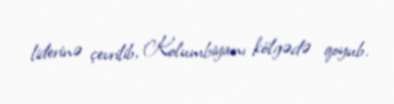
liderinə çevrilib, Kolumbiyanı kölgədə qoyub.